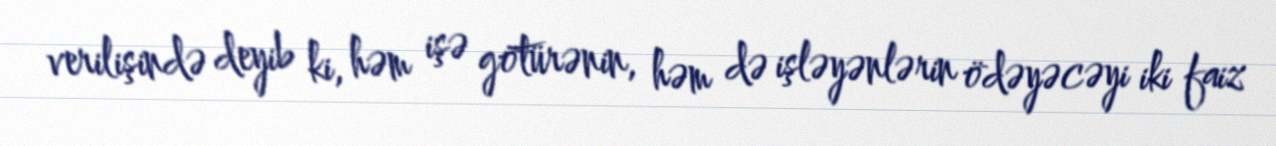
verilişində deyib ki, həm işə götürənin, həm də işləyənlərin ödəyəcəyi iki faiz